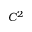
C ^ { 2 }